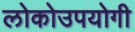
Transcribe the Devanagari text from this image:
लोकोउपयोगी